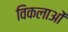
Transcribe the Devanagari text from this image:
विकलाओं